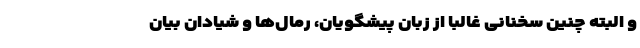
و البته چنین سخنانی غالباً از زبان پیشگویان، رمال‌ها و شیادان بیان